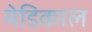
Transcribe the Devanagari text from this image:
मेडिकाल